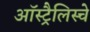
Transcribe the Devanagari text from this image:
ऑस्ट्रैलिस्चे